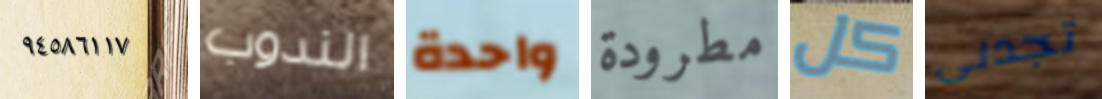
٩٤٥٨٦١١٧ الندوب واحدة مطرودة كل تجدني